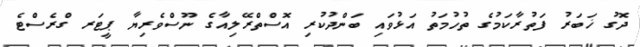
ދޮގު ޚަބަރު ފަތުރާކަމުގެ ތުހުމަތު އަޅުވައި ބަންދުކުރި އޮސްތްރޭލިއާގެ ނޫސްވެރިޔާ ޕީޓަރ ގްރެސްޓެ